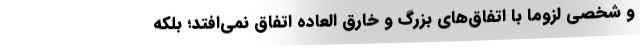
و شخصی لزوما با اتفاق‌های بزرگ و خارق العاده اتفاق نمی‌افتد؛ بلکه